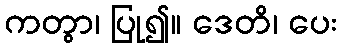
ကတွာ၊ ပြု၍။ ဒေတိ၊ ပေး